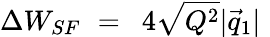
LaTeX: \Delta W_{SF}\, \, =\, \, \, 4\sqrt{Q^{2}}|\vec{q}_{1}|\, \,